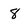
Character: 8